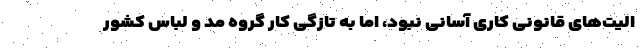
الیت‌های قانونی کاری آسانی نبود، اما به تازگی کار گروه مد و لباس کشور